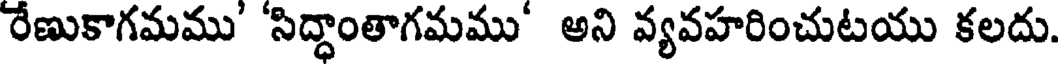
రేణుకాగమము' 'సిద్ధాంతాగమము' అని వ్యవహరించుటయు కలదు.